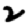
Digit: 2